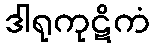
ဒါရုကုဋိကံ